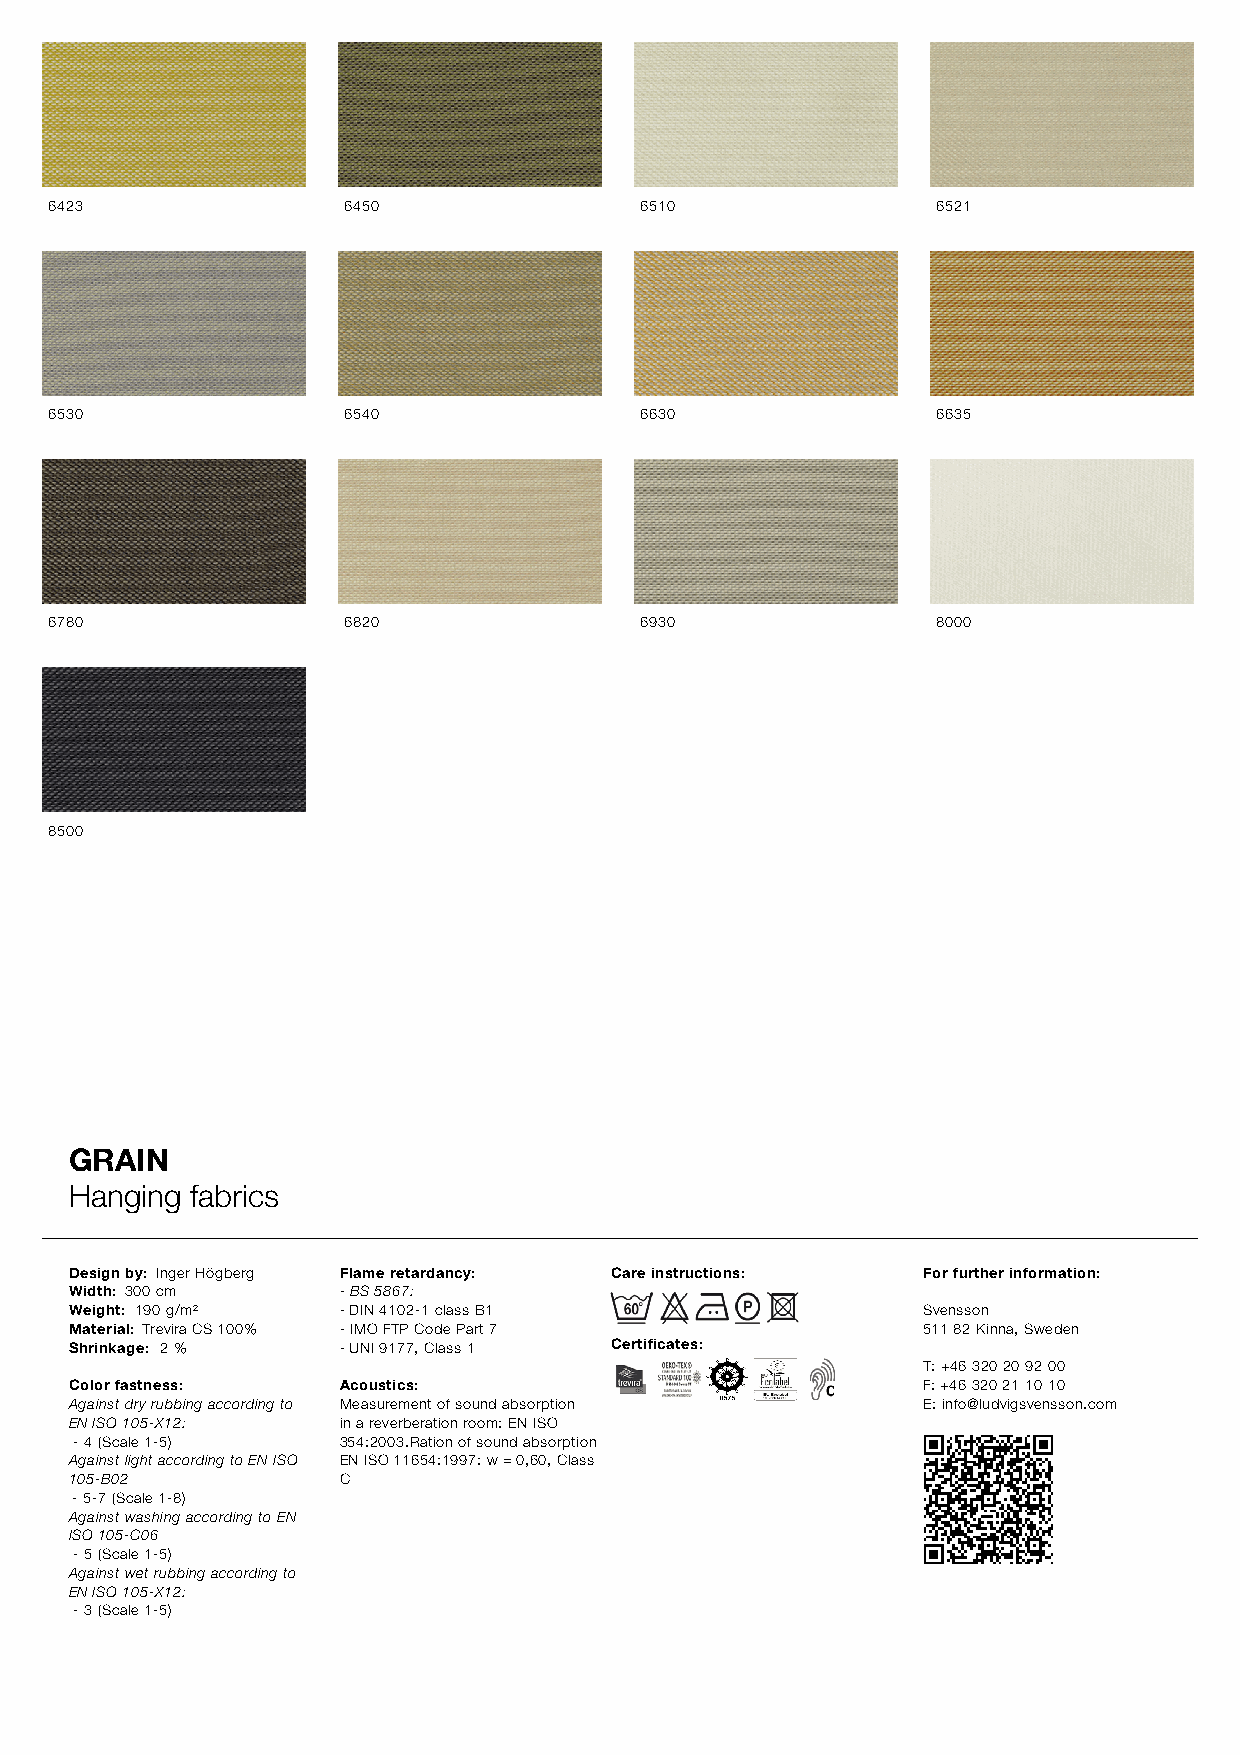
6423                6450               6510                6521
 6530                6540               6630                6635
 6780                6820               6930                8000
 8500
 GRAIN
 Hanging fabrics
 Design by: Inger Högberg Flame retardancy: Care instructions: For further information:
 Width: 300 cm    - BS 5867:
 Weight: 190 g/m² - DIN 4102-1 class B1                  Svensson
 Material: Trevira CS 100% - IMO FTP Code Part 7         511 82 Kinna, Sweden
 Shrinkage: 2 %   - UNI 9177, Class 1 Certificates:
 T: +46 320 20 92 00
 Color fastness:  Acoustics:                             F: +46 320 21 10 10
 Against dry rubbing according to Measurement of sound absorption E: info@ludvigsvensson.com
 EN ISO 105-X12:  in a reverberation room: EN ISO
 - 4 (Scale 1-5)  354:2003.Ration of sound absorption
 Against light according to EN ISO EN ISO 11654:1997: w = 0,60, Class
 105-B02          C
 - 5-7 (Scale 1-8)
 Against washing according to EN
 ISO 105-C06
 - 5 (Scale 1-5)
 Against wet rubbing according to
 EN ISO 105-X12:
 - 3 (Scale 1-5)